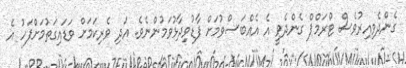
ގެންދެވިއިރުވެސް ޓްރަމްޕް ގެންދެވީ އެ އެއްބަސްވުމަށް ފާޑުވިދާޅުވަމުންނެވެ. އަދި ވެރިކަމަށް ވަޑައިގަތުމަށްފަހު އެ